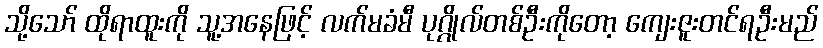
သို့သော် ထိုရာထူးကို သူ့အနေဖြင့် လက်မခံမီ ပုဂ္ဂိုလ်တစ်ဦးကိုတော့ ကျေးဇူးတင်ရဦးမည်